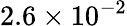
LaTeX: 2.6\times 10^{-2}